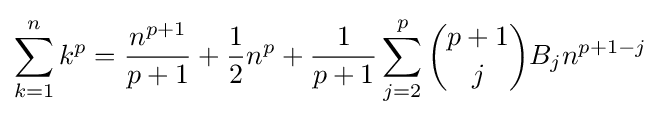
\sum _{k=1}^{n}k^{p}={\frac {n^{p+1}}{p+1}}+{\frac {1}{2}}n^{p}+{1 \over p+1}\sum _{j=2}^{p}{p+1 \choose j}B_{j}n^{p+1-j}